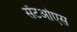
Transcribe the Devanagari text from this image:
सेंटओएस